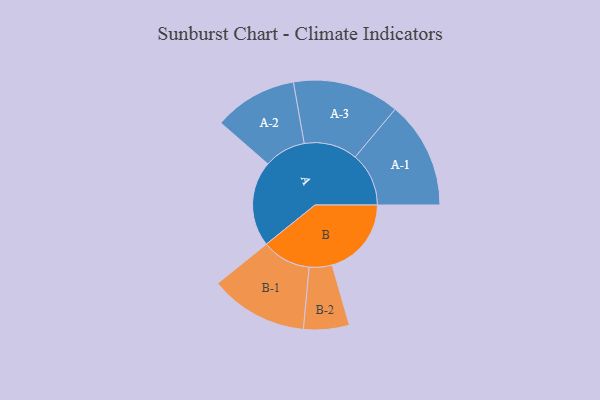
{"axis": {"x": "Segment", "y": "Value"}, "legend": ["", "A", "B"], "data": [{"x": "A", "y": 394, "type": ""}, {"x": "B", "y": 365, "type": ""}, {"x": "A-1", "y": 247, "type": "A"}, {"x": "A-2", "y": 192, "type": "A"}, {"x": "A-3", "y": 246, "type": "A"}, {"x": "B-1", "y": 226, "type": "B"}, {"x": "B-2", "y": 105, "type": "B"}]}